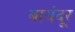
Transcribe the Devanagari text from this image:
बायंदूर